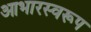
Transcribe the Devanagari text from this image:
आभारस्वरूप